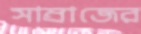
সাম্রাজের